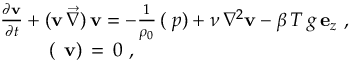
\begin{array} { r } { \frac { \partial { \bf v } } { \partial t } + ( { \bf v } \, \overrightarrow { \nabla } ) \, { \bf v } = - \frac { 1 } { \rho _ { 0 } } \, ( { \bf \nabla } { p } ) + \nu \, \nabla ^ { 2 } { \bf v } - \beta \, T \, g \, { \bf e } _ { z } \ , \ \ \ } \\ { ( \mathbf { \nabla } \, { \bf v } ) \, = \, 0 \ , \qquad \qquad \qquad \qquad \qquad \qquad } \end{array}